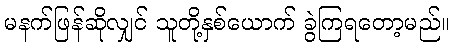
မနက်ဖြန်ဆိုလျှင် သူတို့နှစ်ယောက် ခွဲကြရတော့မည်။